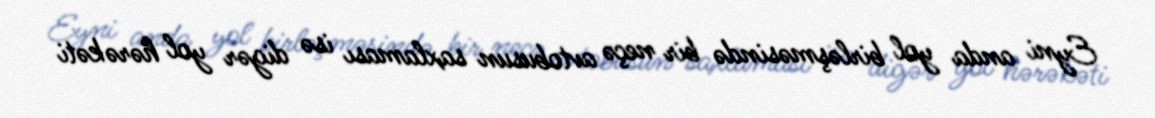
Eyni anda yol birləşməsində bir neçə avtobusun saxlaması isə digər yol hərəkəti